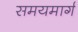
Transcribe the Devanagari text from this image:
समयमार्ग